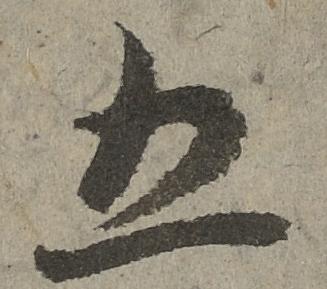
五